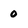
Character: 0